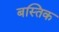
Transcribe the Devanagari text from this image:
बस्तिक